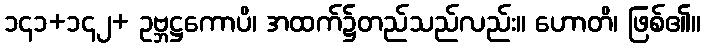
၁၄၁+၁၄၂+ ဥဗ္ဘဋ္ဌကောပိ၊ အထက်၌တည်သည်လည်း။ ဟောတိ၊ ဖြစ်၏။